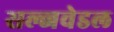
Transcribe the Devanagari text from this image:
सल्जवेडल